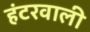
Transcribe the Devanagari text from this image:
हंटरवाली